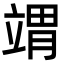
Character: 𬔤